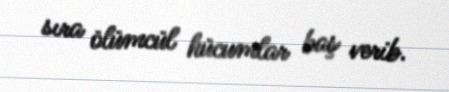
sıra ölümcül hücumlar baş verib.